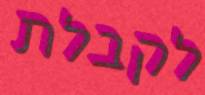
לקבלת